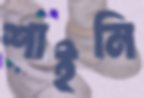
শাইনি